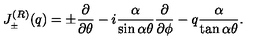
J _ { _ { \pm } } ^ { ( R ) } ( q ) = \pm \frac { \partial } { \partial \theta } - i \frac { \alpha } { \sin \alpha \theta } \frac { \partial } { \partial \phi } - q \frac { \alpha } { \tan \alpha \theta } .